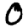
Digit: 0